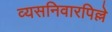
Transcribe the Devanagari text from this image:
व्यसनिवारपिल्ले